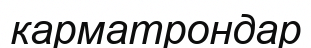
карматрондар